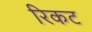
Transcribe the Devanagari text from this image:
रिकट